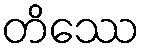
တိဿေ